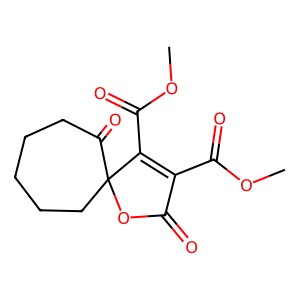
SMILES: COC(=O)C1=C(C(=O)OC)C2(CCCCCC2=O)OC1=O
Inhibits HIV replication: No